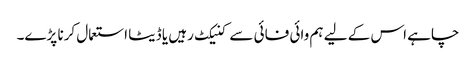
چاہے اس کے لیے ہم وائی فائی سے کنیکٹ رہیں یا ڈیٹا استعمال کرنا پڑے۔